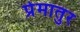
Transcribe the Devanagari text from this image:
प्रेमातुर